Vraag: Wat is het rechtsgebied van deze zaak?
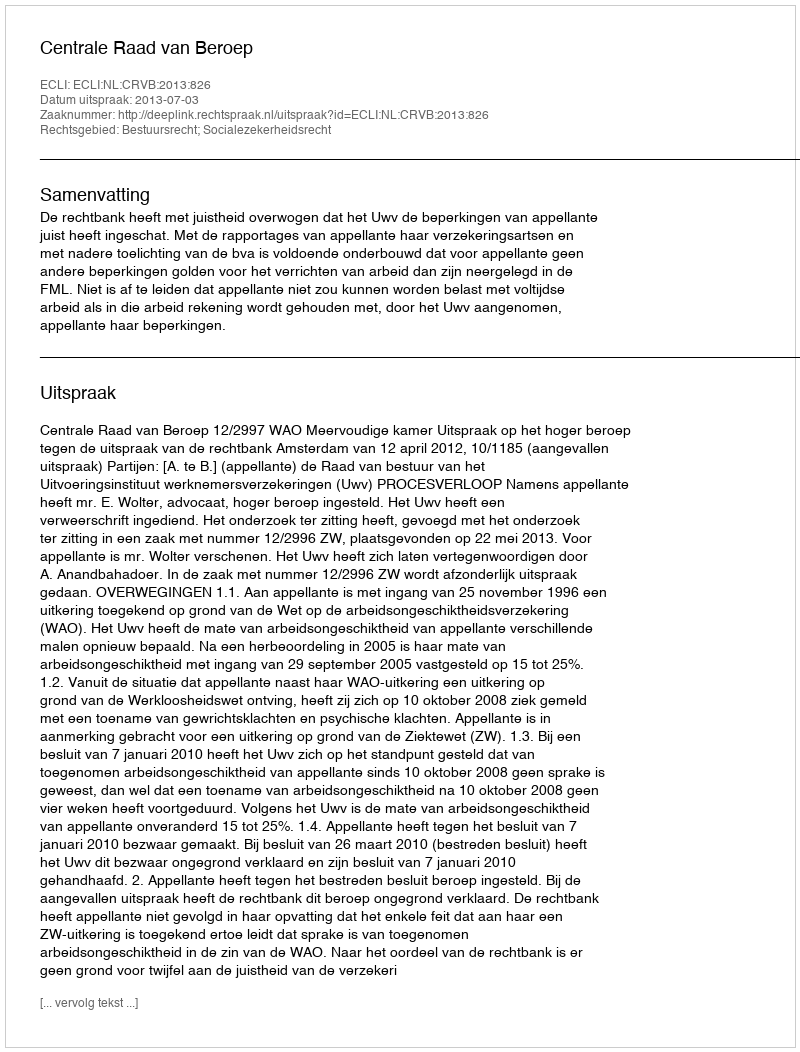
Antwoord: Bestuursrecht; Socialezekerheidsrecht